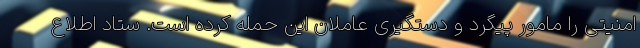
امنیتی را مامور پیگرد و دستگیری عاملان این حمله کرده است. ستاد اطلاع